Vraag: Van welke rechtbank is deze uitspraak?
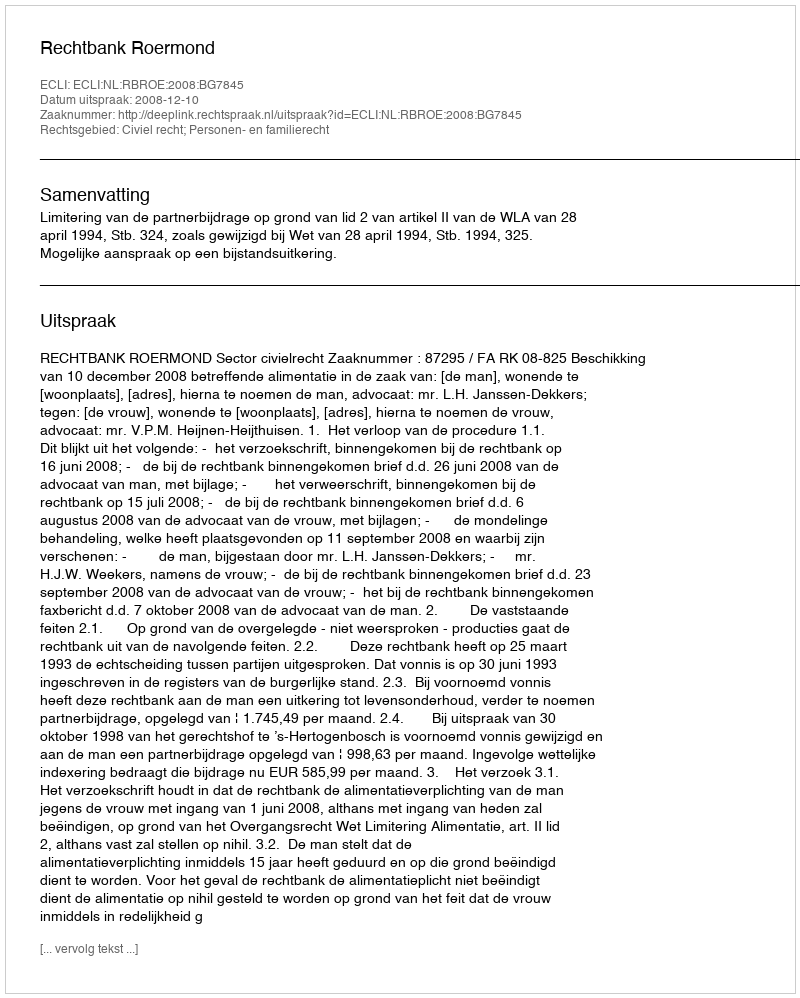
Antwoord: Rechtbank Roermond